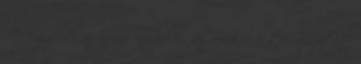
De ugyebár az igazi rombolás az, amikor a természetet